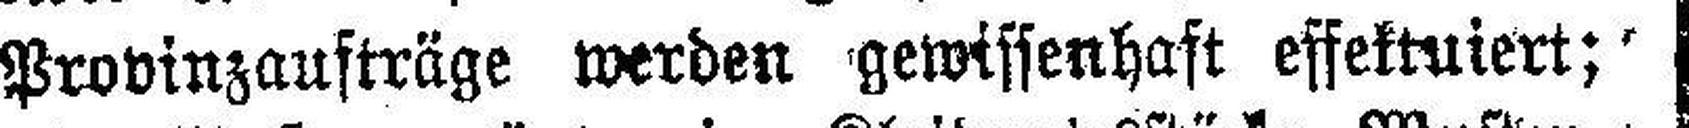
Provinzaufträge werden gewissenhaft effektuiert;